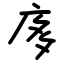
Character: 㢁